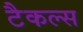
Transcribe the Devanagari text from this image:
टैकल्स